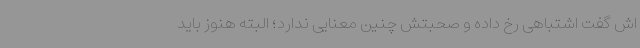
اش گفت اشتباهی رخ داده و صحبتش چنین معنایی ندارد؛ البته هنوز باید